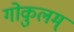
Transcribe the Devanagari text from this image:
गोकुलम्